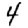
Digit: 4